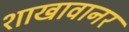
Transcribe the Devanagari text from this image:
शाखावानर